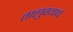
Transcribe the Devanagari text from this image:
तालुक्याचं